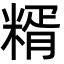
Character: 糈